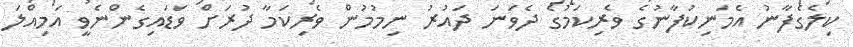
ކިލެގެފާނު އެމަނިކުފާނުގެ ވެރިކަމުގެ ދެވަނަ ދައުރު ނިމުމުން ވެރިކަމާ ދުރަށް ވަޑައިގެންނެވީ އަމިއްލަ